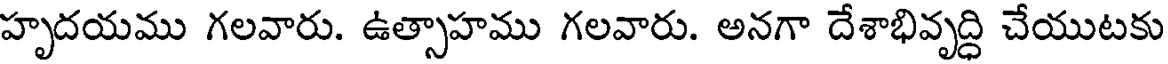
హృదయము గలవారు. ఉత్సాహము గలవారు. అనగా దేశాభివృద్ధి చేయుటకు